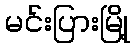
မင်းပြားမြို့